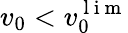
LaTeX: v_{0}<v_{0}^{\mathrm{~l~i~m~}}